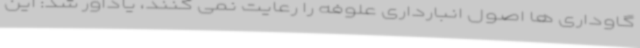
گاوداری ها اصول انبارداری علوفه را رعایت نمی کنند، یادآور شد: این